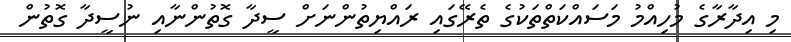
މި އިދާރާގެ މުހިއްމު މަސައްކަތްތަކުގެ ތެރޭގައި ރައްޔިތުންނަށް ސީދާ ގޮތުންނާއި ނުސީދާ ގޮތުން